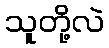
သူတို့လဲ